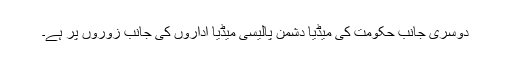
دوسری جانب حکومت کی میڈیا دشمن پالیسی میڈیا اداروں کی جانب زوروں پر ہے۔